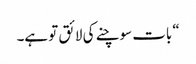
“ بات سوچنے کی لائق تو ہے۔